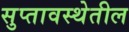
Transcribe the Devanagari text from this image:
सुप्तावस्थेतील